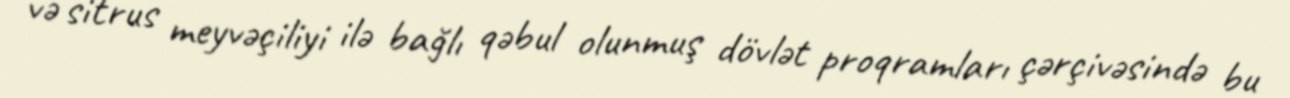
və sitrus meyvəçiliyi ilə bağlı qəbul olunmuş dövlət proqramları çərçivəsində bu